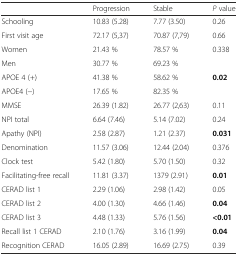
|  | Progression | Stable | P value |
 | --- | --- | --- | --- |
 | Schooling | 10.83 (5.28) | 7.77 (3.50) | 0.26 |
 | First visit age | 72.17 (5,37) | 70.87 (7,79) | 0.66 |
 | Women | 21.43 % | 78.57 % | <ROWSPAN=2> 0.338 |
 | Men | 30.77 % | 69.23 % |
 | APOE 4 (+) | 41.38 % | 58.62 % | <ROWSPAN=2> 0.02 |
 | APOE4 (−) | 17.65 % | 82.35 % |
 | MMSE | 26.39 (1.82) | 26.77 (2,63) | 0.11 |
 | NPI total | 6.64 (7.46) | 5.14 (7.02) | 0.24 |
 | Apathy (NPI) | 2.58 (2.87) | 1.21 (2.37) | 0.031 |
 | Denomination | 11.57 (3.06) | 12.44 (2.04) | 0.376 |
 | Clock test | 5.42 (1.80) | 5.70 (1.50) | 0.32 |
 | Facilitating-free recall | 11.81 (3.37) | 1379 (2.91) | 0.01 |
 | CERAD list 1 | 2.29 (1.06) | 2.98 (1.42) | 0.05 |
 | CERAD list 2 | 4.00 (1.30) | 4.66 (1.46) | 0.04 |
 | CERAD list 3 | 4.48 (1.33) | 5.76 (1.56) | <0.01 |
 | Recall list 1 CERAD | 2.10 (1.76) | 3.16 (1.99) | 0.04 |
 | Recognition CERAD | 16.05 (2.89) | 16.69 (2.75) | 0.39 |